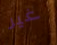
غير